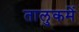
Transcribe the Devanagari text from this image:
तालुकमें